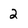
Character: 2